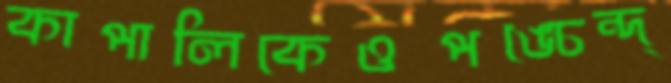
কাপালিকেওপঙ্চেন্দ্